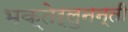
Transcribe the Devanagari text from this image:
भक्तेर्लुनन्ती